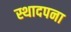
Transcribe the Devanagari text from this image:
स्थादपना